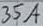
Text: 35A